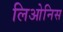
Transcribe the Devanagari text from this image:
लिओनिस